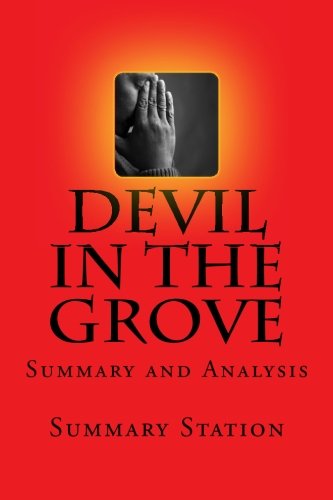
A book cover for Devil in the Grove | Summary: Summary and Analysis of Gilbert King's Devil in the Grove: Thurgood Marshall, the Groveland Boys, and the Dawn of a New America; Summary Station; Education & Teaching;